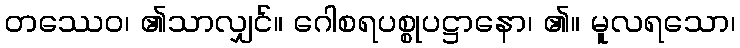
တဿေဝ၊ ၏သာလျှင်။ ဂေါစရပစ္စုပဋ္ဌာနော၊ ၏။ မူလရသော၊